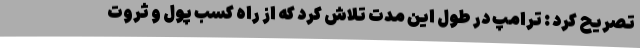
تصریح کرد : ترامپ در طول این مدت تلاش کرد که از راه کسب پول و ثروت